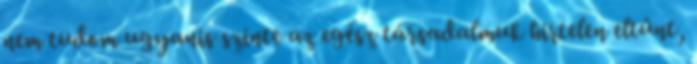
nem tudom ugyanis szinte az egész társadalmuk hirtelen eltűnt,